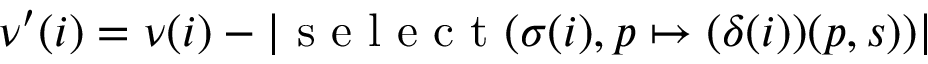
\nu ^ { \prime } ( i ) = \nu ( i ) - | \textup { s e l e c t } ( \sigma ( i ) , p \mapsto ( \delta ( i ) ) ( p , s ) ) |